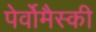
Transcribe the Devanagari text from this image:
पेर्वोमैस्की